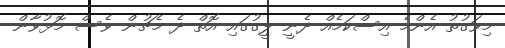
މިވަގުތު އެންމެ އިސްކަމެއް ދެނީ ލީގުގައި އޮތް ދެ މެޗުން ވެސް މޮޅުވާން